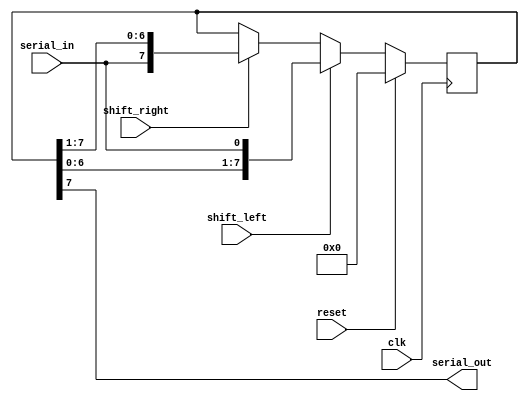
module siso_shift_register (
    input wire clk,
    input wire reset,
    input wire shift_left,
    input wire shift_right,
    input wire serial_in,
    output reg serial_out
);

reg [7:0] data;

always @(posedge clk) begin
    if (reset) begin
        data <= 8'b0;
    end else begin
        if (shift_left) begin
            data <= {data[6:0], serial_in};
        end else if (shift_right) begin
            data <= {serial_in, data[7:1]};
        end
    end
end

assign serial_out = data[7];

endmodule